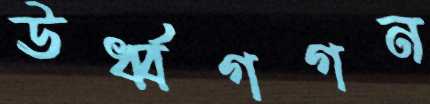
ঊর্ধ্বগগন